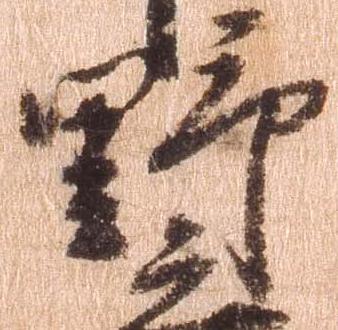
野